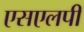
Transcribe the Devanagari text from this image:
एसएलपी